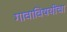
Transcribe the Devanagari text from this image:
गावाविषयीचा